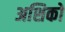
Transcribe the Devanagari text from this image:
अशिको